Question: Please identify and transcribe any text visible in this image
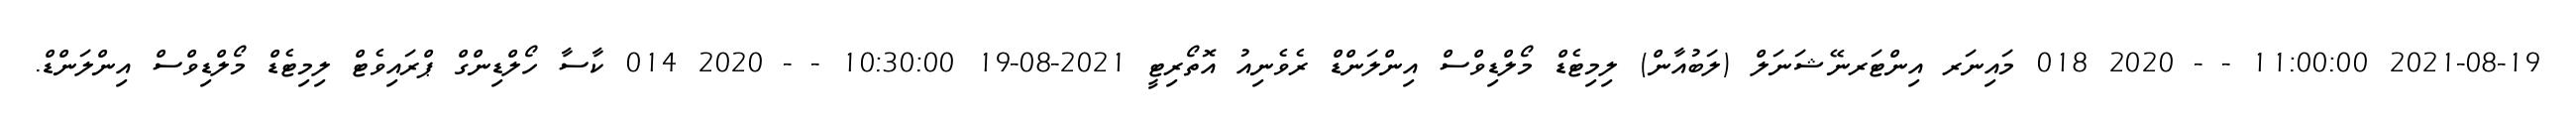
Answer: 2021-08-19 11:00:00 - - 2020 018 މައިނަރ އިންޓަރނޭޝަނަލް (ލަބުއާން) ލިމިޓެޑް މޯލްޑިވްސް އިންލަންޑް ރެވެނިއު އޮތޯރިޓީ 2021-08-19 10:30:00 - - 2020 014 ކާސާ ހޯލްޑިންގް ޕްރައިވެޓް ލިމިޓެޑް މޯލްޑިވްސް އިންލަންޑް.